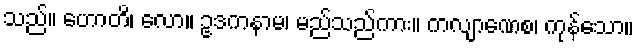
သည်။ ဟောတိ၊ လော။ ဥဒကနာမ၊ မည်သည်ကား။ ကလျာဏေစ၊ ကုန်သော။